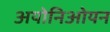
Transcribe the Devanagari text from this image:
अयोनिओयन